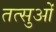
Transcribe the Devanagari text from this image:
तत्सुओं